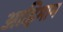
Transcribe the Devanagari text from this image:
आह्रिमान